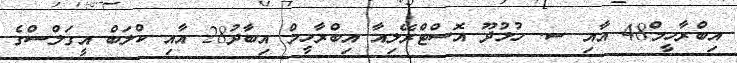
އިބްރާހީމް48 އާއި ސ. ހުޅުދޫ އޮސްޓްރޭލިއާ އިބްރާހީމް އިބާދު28 އާއި ކްލަބް އީގަލްސްގެ